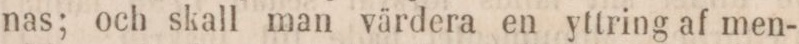
nas; och skall man värdera en yttring af men-